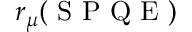
r _ { \mu } ( \mathrm { ~ S ~ P ~ Q ~ E ~ } )